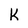
Character: k